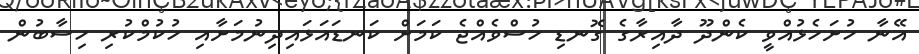
އޭނާ ހުށަހެޅުއްވީ ކެންދޫ ދާއިރާގެ ގޮނޑި ހުސްވެއްޖެ ކަމަށް ކަނޑައަޅައިދިނުމަށާއި ހުކުމްކުރި ހިސާބުން